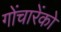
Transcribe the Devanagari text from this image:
गोंचारेंको